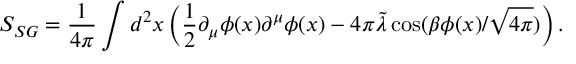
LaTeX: S _ { S G } = \frac { 1 } { 4 \pi } \int d ^ { 2 } x \left( \frac { 1 } { 2 } \partial _ { \mu } \phi ( x ) \partial ^ { \mu } \phi ( x ) - 4 \pi \tilde { \lambda } \cos ( \beta \phi ( x ) / \sqrt { 4 \pi } ) \right) .